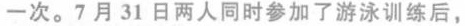
一次。7月31日两人同时参加了游泳训练后，